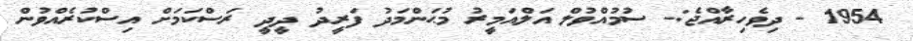
1954 - ދިވެހިރާއްޖެ:- ސުމުއްވުލް އަލްއަމީރު މުޙަންމަދު ފަރީދު ދީދީ ރަސްކަމަށް އިސްކުރެއްވުން